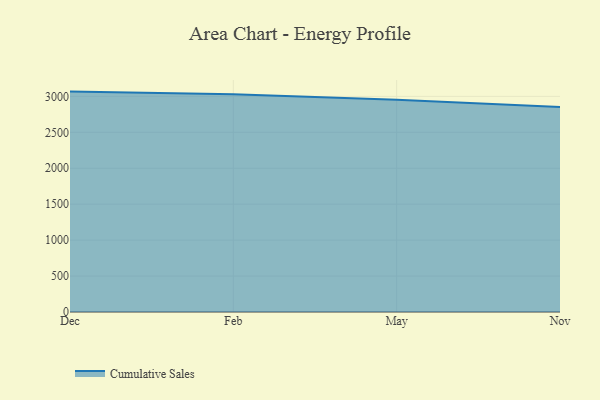
{"axis": {"x": "Month", "y": "Production Output"}, "legend": ["Cumulative Sales"], "data": [{"x": "Dec", "y": 3066.3, "type": "Cumulative Sales"}, {"x": "Feb", "y": 3028.7, "type": "Cumulative Sales"}, {"x": "May", "y": 2951.2, "type": "Cumulative Sales"}, {"x": "Nov", "y": 2850.6, "type": "Cumulative Sales"}]}